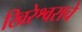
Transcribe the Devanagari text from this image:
खिरेश्वराचे